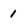
Character: 1